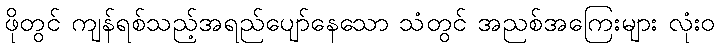
ဖိုတွင် ကျန်ရစ်သည့်အရည်ပျော်နေသော သံတွင် အညစ်အကြေးများ လုံးဝ